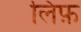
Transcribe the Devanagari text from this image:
लिफ़